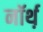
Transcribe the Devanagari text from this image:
नॉर्थ़